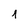
Character: 1